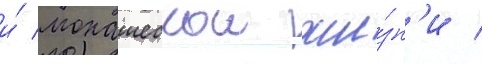
и́ монашескои жи́зн'и /